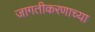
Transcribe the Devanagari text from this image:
जागतीकरणाच्या